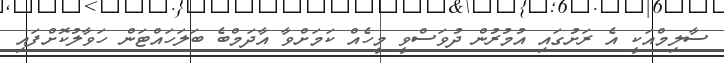
ސާލިމްއަކީ އެ ރަށުގައި އުމުރުން ދުވަސްވީ މީހެއް ކަމަށްވާ އާދަމްބެ ބަލަހައްޓަން ހަވާލުކޮށްފައި